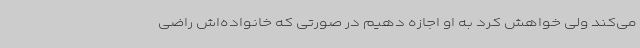
می‌کند ولی خواهش کرد به او اجازه دهیم در صورتی که خانواده‌اش راضی